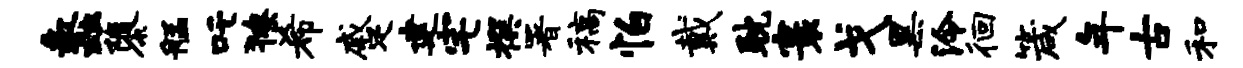
蠡隳艋吒獠希蹙建宅撰署稿怕戴耽寰戈黑泠徊箴年古和